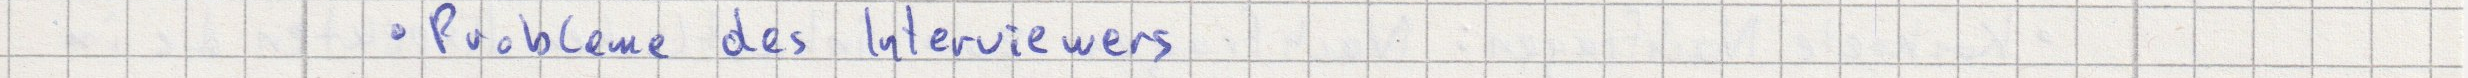
Probleme des Interviewers